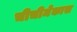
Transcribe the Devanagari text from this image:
चीचीमेकास